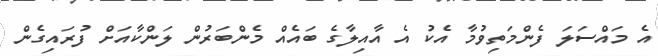
އެ މައްސަލަ ފެންމަތިވުމާ އެކު އެ އާއިލާގެ ބައެއް މެންބަރުން ލަންކާއަށް ފުރައިގެން